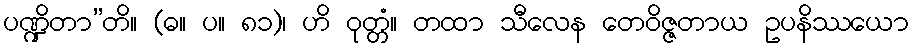
ပဏ္ဍိတာ”တိ။ (ဓ။ ပ။ ၈၁)၊ ဟိ ဝုတ္တံ။ တထာ သီလေန တေဝိဇ္ဇတာယ ဥပနိဿယော